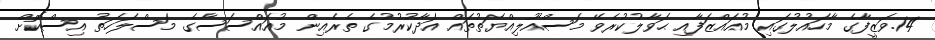
14.ވަޒީފާގެ މާހައުލުގައި މުއައްޒަފާއި ޙަވާލުކުރެވޭ މަސްއޫލިއްޔަތުތައް އަދާކުރުމުގެ ތެރެއިން މުއައްސަސާގެ މަސްލަހަތު އިސްކޮށް